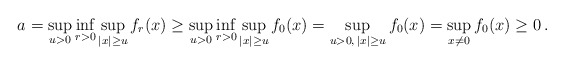
\begin{align*}a=\sup_{u>0}\inf_{r>0} \sup_{|x|\geq u} f_r (x)\geq \sup_{u>0}\inf_{r>0} \sup_{|x|\geq u} f_0(x)= \sup_{u>0,\,|x|\geq u} f_0(x) = \sup_{x\neq 0}f_0(x)\geq 0\,.\end{align*}